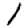
Digit: 1